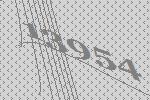
13954